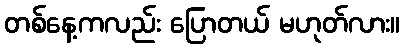
တစ်နေ့ကလည်း ပြောတယ် မဟုတ်လား။